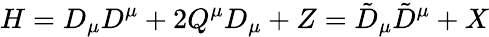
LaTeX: H=D_{\mu}D^{\mu}+2Q^{\mu}D_{\mu}+Z=\tilde{D}_{\mu}\tilde{D}^{\mu}+X